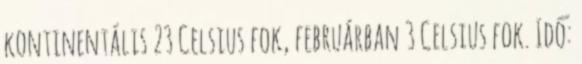
kontinentális 23 Celsius fok, februárban 3 Celsius fok. Idő: